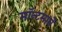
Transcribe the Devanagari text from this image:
मॉन्टमार्त्रे